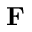
\textbf { F }